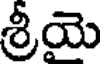
శ్రీయె